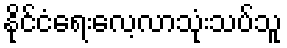
နိုင်ငံရေးလေ့လာသုံးသပ်သူ